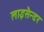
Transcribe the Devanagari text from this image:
लाइसैन्डर